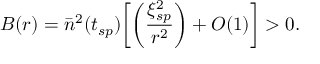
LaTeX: B ( r ) = { \bar { n } } ^ { 2 } ( t _ { s p } ) \biggl [ \biggl ( \frac { \xi _ { s p } ^ { 2 } } { r ^ { 2 } } \biggr ) + O ( 1 ) \biggr ] > 0 .